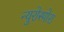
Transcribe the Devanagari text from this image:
न्युरोस्पोरा